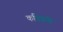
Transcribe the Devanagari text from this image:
कवित्रयी